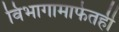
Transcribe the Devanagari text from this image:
विभागामार्फतही